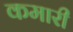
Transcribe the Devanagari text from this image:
कमारी